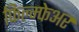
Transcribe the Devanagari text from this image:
फिल्म्फेअर